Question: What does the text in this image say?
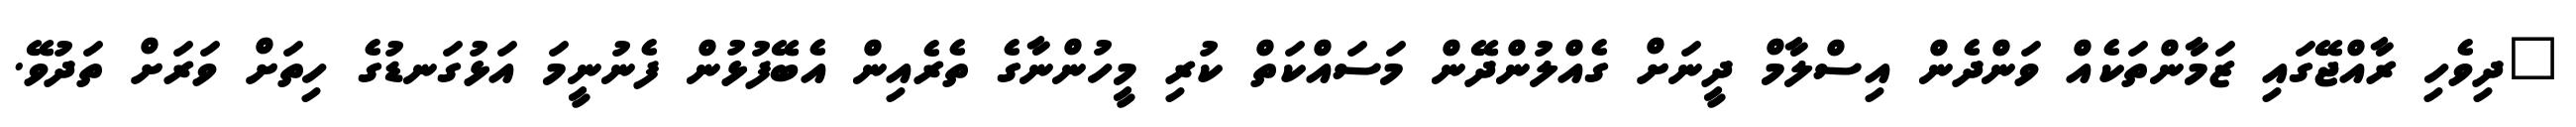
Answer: "ދިވެހި ރާއްޖޭގައި ޒަމާންތަކެއް ވަންދެން އިސްލާމް ދީނަށް ގެއްލުންދޭން މަސައްކަތް ކުރި މީހުންނާގެ ތެރެއިން އެބޭފުޅުން ފެނުނީމަ އަޅުގަނޑުގެ ހިތަށް ވަރަށް ތަދުވޭ.